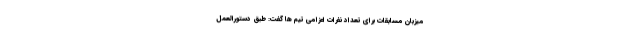
میزبان مسابقات برای تعداد نفرات اعزامی تیم ها گفت: طبق دستورالعمل